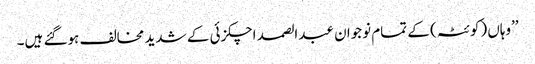
’’وہاں (کوئٹہ) کے تمام نوجوان عبدالصمد اچکزئی کے شدید مخالف ہوگئے ہیں۔